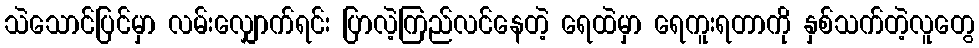
သဲသောင်ပြင်မှာ လမ်းလျှောက်ရင်း ပြာလဲ့ကြည်လင်နေတဲ့ ရေထဲမှာ ရေကူးရတာကို နှစ်သက်တဲ့လူတွေ